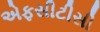
એફસીટીસી